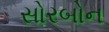
સોરબોન